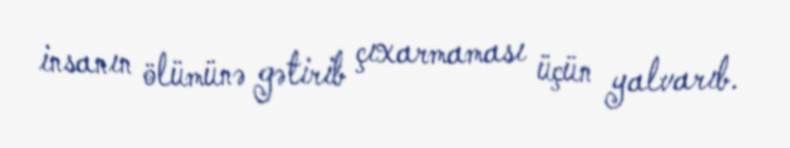
insanın ölümünə gətirib çıxarmaması üçün yalvarıb.